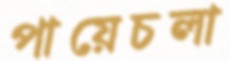
পায়েচলা